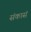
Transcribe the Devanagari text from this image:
संकासं